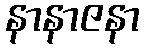
နာနာဇနာ